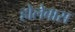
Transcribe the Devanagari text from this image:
होलेबास